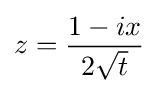
z={\frac {1-ix}{2{\sqrt {t}}}}